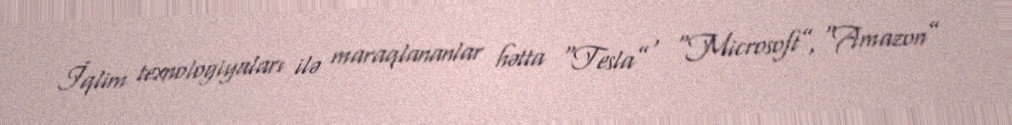
İqlim texnologiyaları ilə maraqlananlar hətta “Tesla” , “Microsoft”, “Amazon”